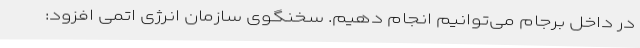
در داخل برجام می‌توانیم انجام دهیم. سخنگوی سازمان انرژی اتمی افزود: